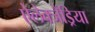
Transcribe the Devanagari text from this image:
ऐलेक्जैंड्रिया